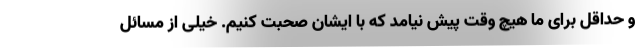
و حداقل برای ما هیچ وقت پیش نیامد که با ایشان صحبت کنیم. خیلی از مسائل